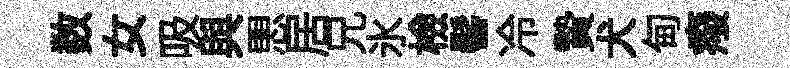
数女吸與愳居兄氷檢髻冷贄犬甸癈